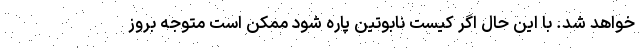
خواهد شد. با این حال اگر کیست نابوتین پاره شود ممکن است متوجه بروز